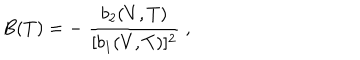
B ( T ) = - \; { \frac { b _ { 2 } ( V , T ) } { [ b _ { 1 } ( V , T ) ] ^ { 2 } } } \; ,